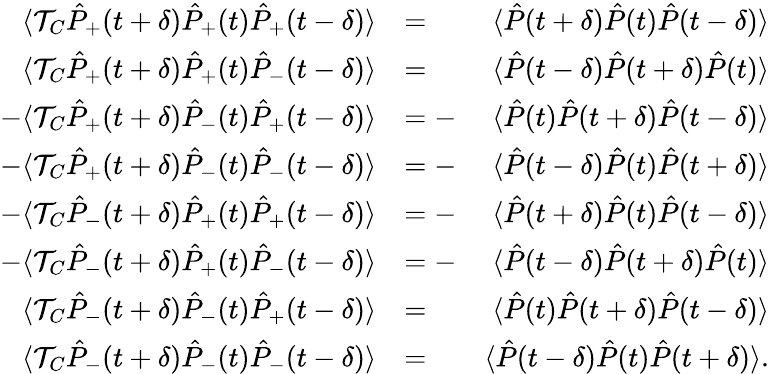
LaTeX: \begin{array}{rlr}{\langle{\cal T}_{C}\hat{P}_{+}(t+\delta)\hat{P}_{+}(t)\hat{P}_{+}(t-\delta)\rangle}&{=\phantom{-}}&{\langle\hat{P}(t+\delta)\hat{P}(t)\hat{P}(t-\delta)\rangle}\\ {\langle{\cal T}_{C}\hat{P}_{+}(t+\delta)\hat{P}_{+}(t)\hat{P}_{-}(t-\delta)\rangle}&{=\phantom{-}}&{\langle\hat{P}(t-\delta)\hat{P}(t+\delta)\hat{P}(t)\rangle}\\ {-\langle{\cal T}_{C}\hat{P}_{+}(t+\delta)\hat{P}_{-}(t)\hat{P}_{+}(t-\delta)\rangle}&{=-}&{\langle\hat{P}(t)\hat{P}(t+\delta)\hat{P}(t-\delta)\rangle}\\ {-\langle{\cal T}_{C}\hat{P}_{+}(t+\delta)\hat{P}_{-}(t)\hat{P}_{-}(t-\delta)\rangle}&{=-}&{\langle\hat{P}(t-\delta)\hat{P}(t)\hat{P}(t+\delta)\rangle}\\ {-\langle{\cal T}_{C}\hat{P}_{-}(t+\delta)\hat{P}_{+}(t)\hat{P}_{+}(t-\delta)\rangle}&{=-}&{\langle\hat{P}(t+\delta)\hat{P}(t)\hat{P}(t-\delta)\rangle}\\ {-\langle{\cal T}_{C}\hat{P}_{-}(t+\delta)\hat{P}_{+}(t)\hat{P}_{-}(t-\delta)\rangle}&{=-}&{\langle\hat{P}(t-\delta)\hat{P}(t+\delta)\hat{P}(t)\rangle}\\ {\langle{\cal T}_{C}\hat{P}_{-}(t+\delta)\hat{P}_{-}(t)\hat{P}_{+}(t-\delta)\rangle}&{=\phantom{-}}&{\langle\hat{P}(t)\hat{P}(t+\delta)\hat{P}(t-\delta)\rangle}\\ {\langle{\cal T}_{C}\hat{P}_{-}(t+\delta)\hat{P}_{-}(t)\hat{P}_{-}(t-\delta)\rangle}&{=\phantom{-}}&{\langle\hat{P}(t-\delta)\hat{P}(t)\hat{P}(t+\delta)\rangle.}\end{array}